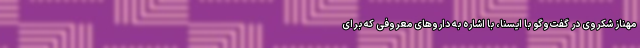
مهناز شکروی در گفت‌وگو با ایسنا، با اشاره به داروهای معروفی که برای